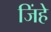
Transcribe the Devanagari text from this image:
जिंहे